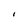
Character: I